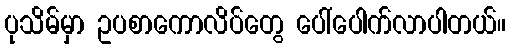
ပုသိမ်မှာ ဥပစာကောလိပ်တွေ ပေါ်ပေါက်လာပါတယ်။